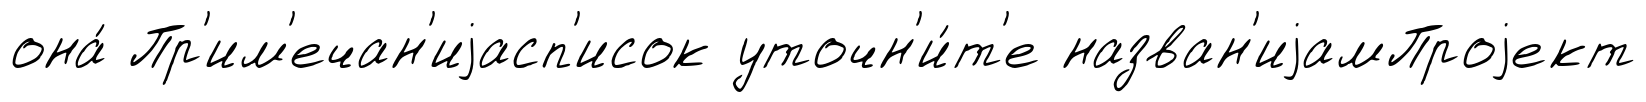
она́ Пр'им'ечан'иjасп'исок уточн'и́т'е назван'иjамПроjект